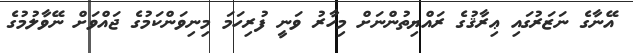
އޭނާގެ ނަޒަރުގައި ޢިރާޤުގެ ރައްޔިތުންނަށް މިހާރު ވަނީ ފުރިހަމަ މިނިވަންކަމުގެ ޖައްވަށް ނޭވާލުމުގެ